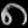
Digit: ၈